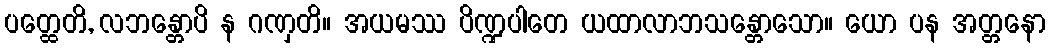
ပတ္ထေတိ, လဘန္တောပိ န ဂဏှတိ။ အယမဿ ပိဏ္ဍပါတေ ယထာလာဘသန္တောသော။ ယော ပန အတ္တနော